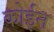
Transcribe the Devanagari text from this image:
कोईन